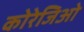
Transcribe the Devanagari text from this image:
कोरेजिओ